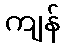
ကျန်